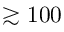
\gtrsim 1 0 0